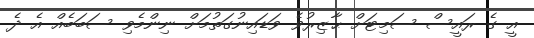
އީ ގެ ރައީސް ސަމިޓަށް ޙާޒިރުވެ ވަޑައިނުގަތުމަށް ނިންމެވި ސަބަބެއް އެ ދެ